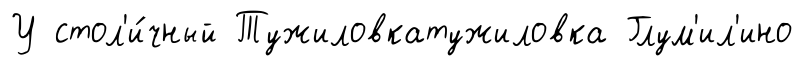
У стол'и́чный Тужиловкатужиловка Глум'ил'ино